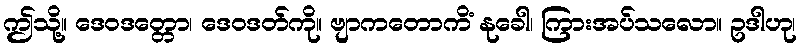
ဤသို့။ ဒေဝဒတ္တော၊ ဒေဝဒတ်ကို။ ဗျာကတောကိံ နုခေါ၊ ကြားအပ်သလော။ ဥဒါဟု၊